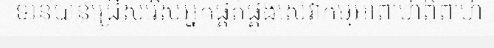
ទាន់បានជ្រើសរើសអ្នកផ្គត់ផ្គង់សេវាកម្មអាពាហ៍ពិពាហ៍